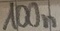
Text: 100n